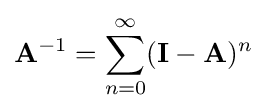
\mathbf {A} ^{-1}=\sum _{n=0}^{\infty }(\mathbf {I} -\mathbf {A} )^{n}